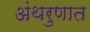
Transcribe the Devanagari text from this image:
अंथरुणात